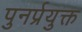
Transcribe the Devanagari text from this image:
पुनर्प्रयुक्त